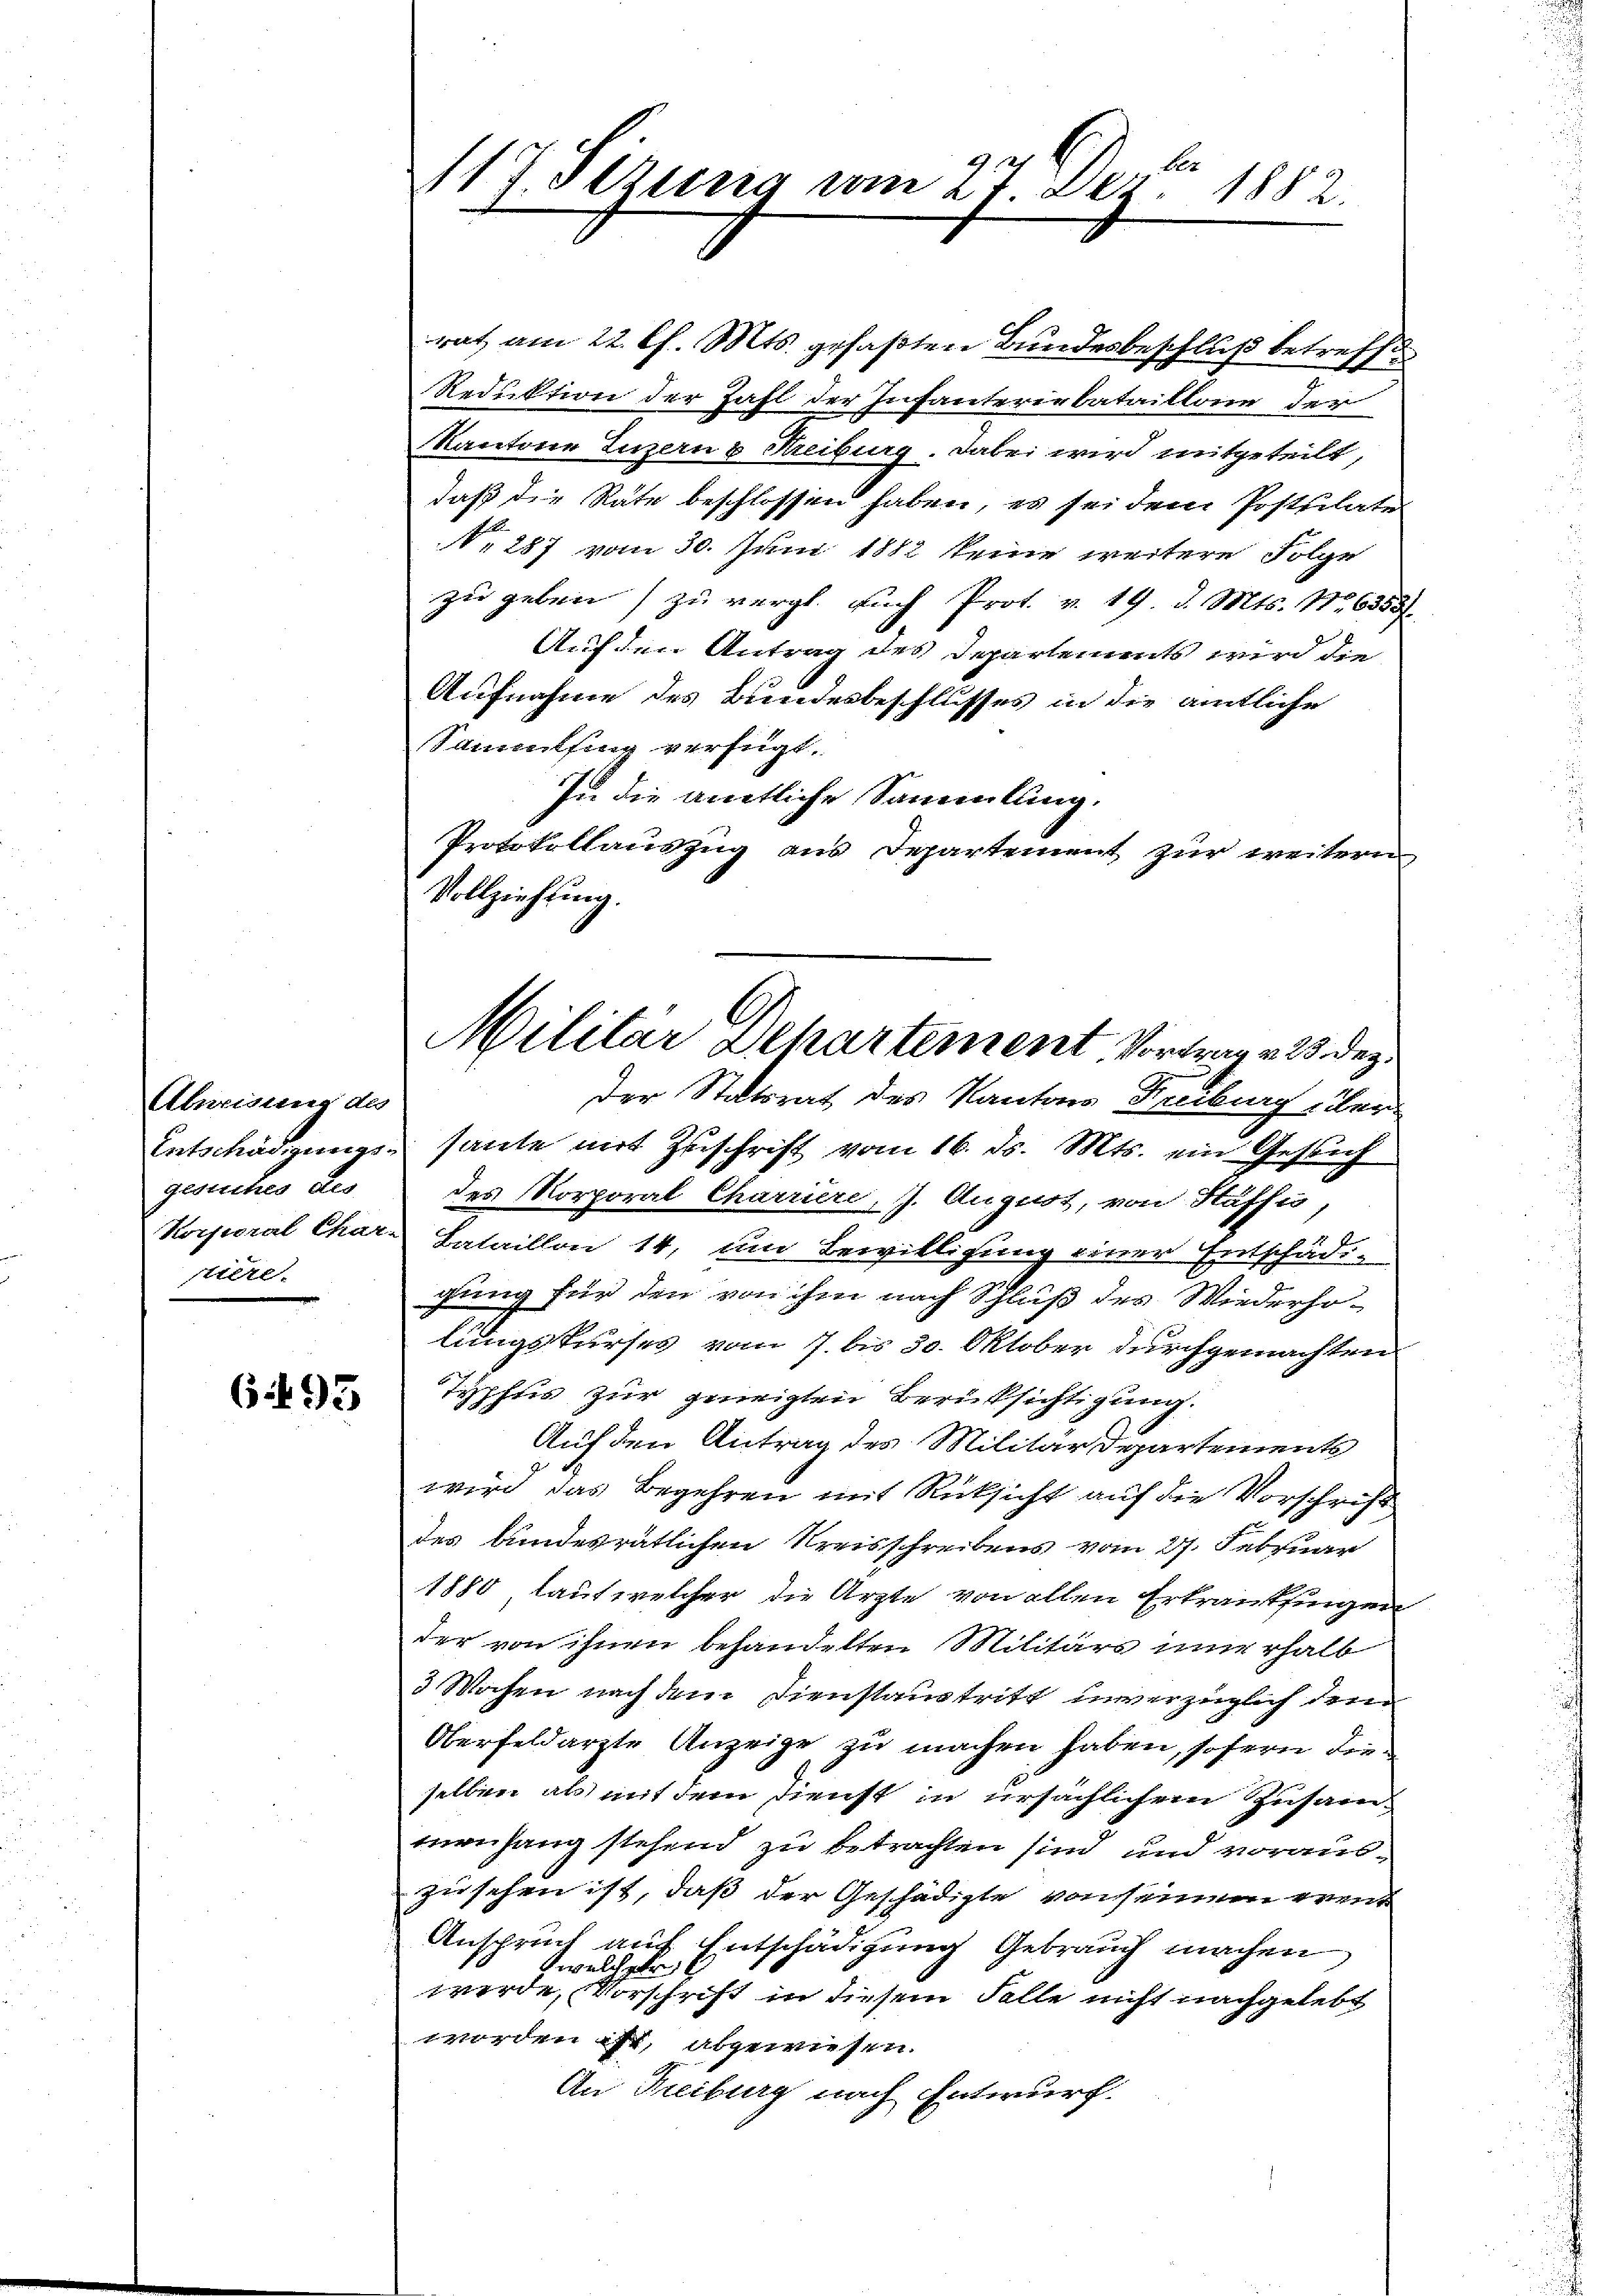
Atnrisung des
Entschädigungs
gesuches des
Korporal Char-
riere.

6)5

be
117. Jung vom 27. Dez. 1882.

rat am 22. Ch. Mts. gefaßten Bundesbeschluß betreffe
Reduktion der Zahl der Infanterirbataillone der
kantone Luzern & Freiburg. Dabei wird mitgeteilt,
daß die Räte beschlossen haben, es sei dem Postulate
N. 287 vom 30. Juni 1882 keine weitere Folge
zu geben zu vergl. auch Prot. v. 19. d. Mts. N. 6353
Auf den Antrag des Departements wird die
Aufnahme des Bundesbeschlusses in die amtliche
Sammling verfügt.
Zu die amtliche Sammlung.
Protokollauszug aus Departement zur weitern
Vollziehung.
der Statorat der Kantons Freibung übersante mit Zuschrift vom 16. ds. Mts. ein Gesuch
des Korporal Charriere, 1. August, von Haffi,
Bataillon 14, um Bewilligung einer Entschädi-
gung für den von ihm nach Schluß des Wiederho-
lungskurses vom 7. bis 30. Oktober durchgemachten
Typhtis zur geneigten Berüksichtigung.
Auf den Antrag des Militärdepartements
wird das Begehren mit Rücksicht auf die Vorschrift
des Bundesrätlichen Kreisschreibens vom 27. Februar
1850 laut welcher die Ärzte von allen Erkrankingen
der von ihnen behandelten Militärs innerhalb
3 Wochen nach dem Dienstaustritt unverzüglich den
Oberfeldarzte Anzeige zu machen haben, sofern die
selben als mit dem dienst in ursächlichem Zusam-
menhang stehend zu betrachten sind und vorauszusehen ist, daß der Geschädigte von seinem event
Anspruch auf Entschädigung Gebrauch machen
Zwelcher
werde, Vorschrift in diesem Falle nicht nachgelebt
worden ist, abgewiesen.
An Freiburg nach Entwurf.

Militar Departement, Vortrag u. 23. dez.